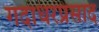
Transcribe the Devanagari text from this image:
गदाधरप्रसाद